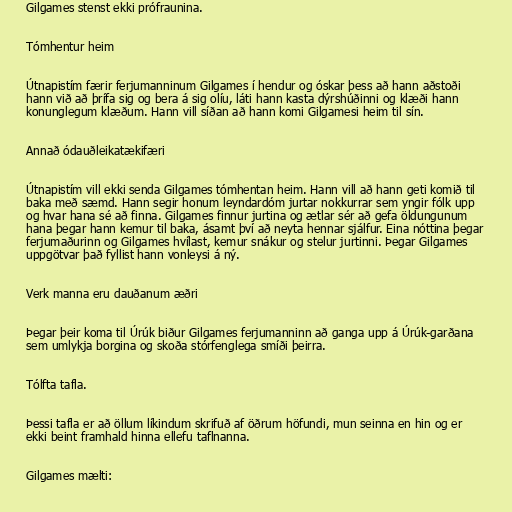
Gilgames stenst ekki prófraunina.

Tómhentur heim

Útnapistím færir ferjumanninum Gilgames í hendur og óskar þess að hann aðstoði
hann við að þrífa sig og bera á sig olíu, láti hann kasta dýrshúðinni og klæði hann
konunglegum klæðum. Hann vill síðan að hann komi Gilgamesi heim til sín.

Annað ódauðleikatækifæri

Útnapistím vill ekki senda Gilgames tómhentan heim. Hann vill að hann geti komið til
baka með sæmd. Hann segir honum leyndardóm jurtar nokkurrar sem yngir fólk upp
og hvar hana sé að finna. Gilgames finnur jurtina og ætlar sér að gefa öldungunum
hana þegar hann kemur til baka, ásamt því að neyta hennar sjálfur. Eina nóttina þegar
ferjumaðurinn og Gilgames hvílast, kemur snákur og stelur jurtinni. Þegar Gilgames
uppgötvar það fyllist hann vonleysi á ný.

Verk manna eru dauðanum æðri

Þegar þeir koma til Úrúk biður Gilgames ferjumanninn að ganga upp á Úrúk-garðana
sem umlykja borgina og skoða stórfenglega smíði þeirra.

Tólfta tafla.

Þessi tafla er að öllum líkindum skrifuð af öðrum höfundi, mun seinna en hin og er
ekki beint framhald hinna ellefu taflnanna.

Gilgames mælti: